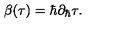
\beta ( \tau ) = \hbar \partial _ { \hbar } \tau .